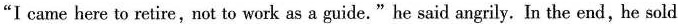
"I came here to retire, not to work as a guide." he said angrily. In the end,he sold